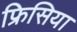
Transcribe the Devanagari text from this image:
फ्रिसिया